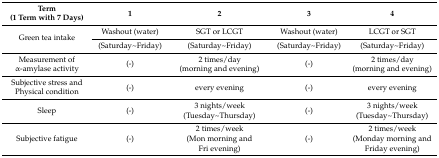
| Term (1 Term with 7 Days) | 1 | 2 | 3 | 4 |
 | --- | --- | --- | --- | --- |
 | <ROWSPAN=2> Green tea intake | Washout (water) | SGT or LCGT | Washout (water) | LCGT or SGT |
 | (Saturday~Friday) | (Saturday~Friday) | (Saturday~Friday) | (Saturday~Friday) |
 | Measurement of α-amylase activity | (-) | 2 times/day (morning and evening) | (-) | 2 times/day (morning and evening) |
 | Subjective stress and Physical condition | (-) | every evening | (-) | every evening |
 | Sleep | (-) | 3 nights/week (Tuesday~Thursday) | (-) | 3 nights/week (Tuesday~Thursday) |
 | Subjective fatigue | (-) | 2 times/week (Mon morning and Fri evening) | (-) | 2 times/week (Monday morning and Friday evening) |